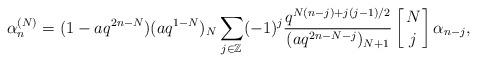
LaTeX: \begin{align*}\alpha^{(N)}_n=(1-aq^{2n-N})(aq^{1-N})_N\sum_{j\in \mathbb{Z}}(-1)^j\frac{q^{N(n-j)+j(j-1)/2}}{(aq^{2n-N-j})_{N+1}}\left[{N\atop j}\right]\alpha_{n-j},\end{align*}